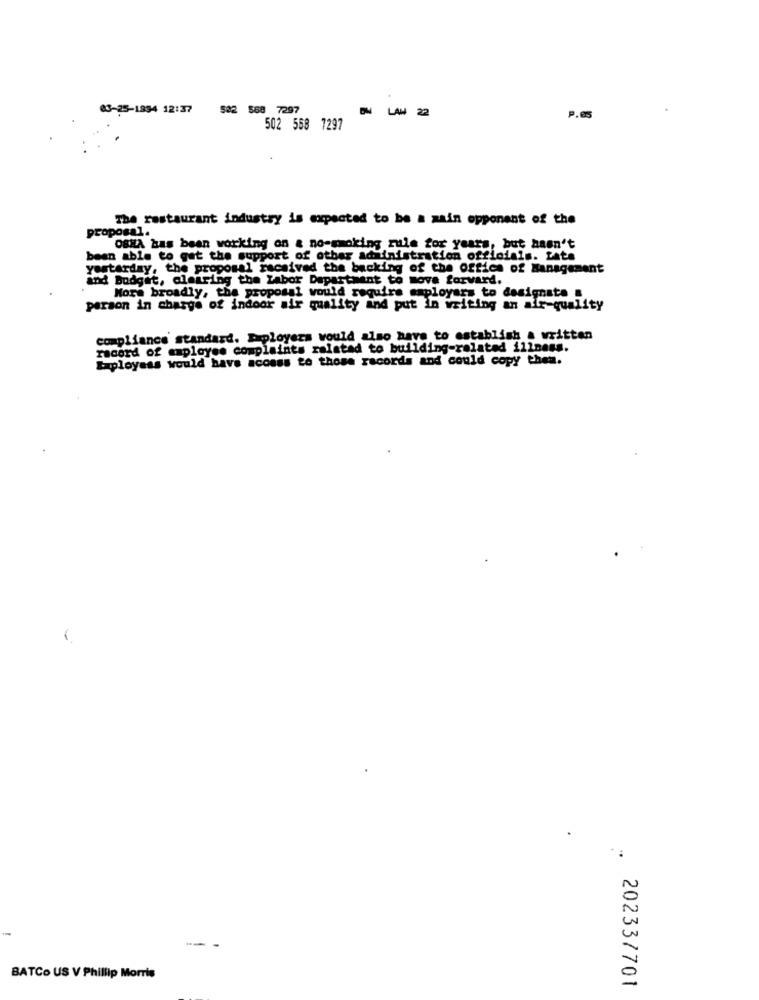
03-25-1994 12:37
522 568 7297
-LAW 22
P.05
502 558 7297
The restaurant industry is expected to be a main opponent of the
proposal.
OSHA has been working on & no-smoking rule for years, but hasn't
been able to get the support of other administration officials. Lata
yesterday, the proposal received the backing of the Office of Management
and Budget, clearing the Labor Department to move forward.
More broadly, the proposal would require employers to designate &
person in charge of indoor air quality and put In writing an air-quality
compliance standard. Iuployers would also have to establish a written
record of employee complaints ralstad to building-related illness.
Exployass would have access to those records and could copy them.
-
BATCo US V Phillip Morris
202337701